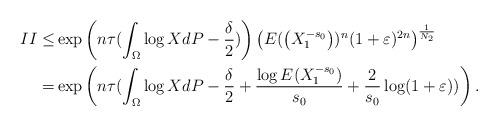
LaTeX: \begin{align*}\uppercase\expandafter{\romannumeral2} \leq & \exp\left({n\tau(\int_{\Omega}\log X dP - \frac{\delta}{2})}\right)\left(E(\left(X_1^{-s_0}\right))^n (1 + \varepsilon)^{2n} \right)^{\frac{1}{N_2}}\\= &\exp\left({n\tau(\int_{\Omega}\log X dP -\frac{\delta}{2} + \frac{\log E(X_1^{-s_0})}{s_0} + \frac{2}{s_0}\log (1 + \varepsilon))}\right).\end{align*}